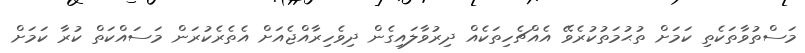
މަސްތުވާތަކެތި ކަމަށް ތުޙުމަތުކުރެވޭ އެއްޗެހިތަކެއް ދިރުވާލައިގެން ދިވެހިރާއްޖެއަށް އެތެރެކުރަން މަސައްކަތް ކުރާ ކަމަށް